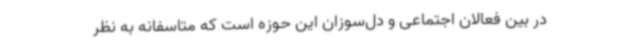
در بین فعالان اجتماعی و دل‌سوزان این حوزه است که متاسفانه به نظر